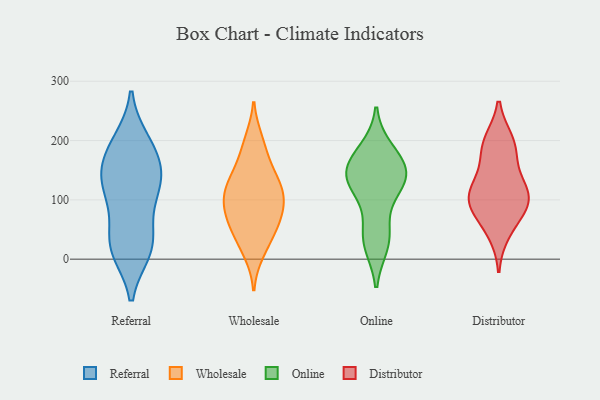
{"axis": {"x": "Waste Production (Tons)", "y": "Value"}, "legend": ["Distributor", "Online", "Referral", "Wholesale"], "data": [{"x": "", "y": 150, "type": "Referral"}, {"x": "", "y": 159, "type": "Referral"}, {"x": "", "y": 116, "type": "Referral"}, {"x": "", "y": 56, "type": "Referral"}, {"x": "", "y": 194, "type": "Referral"}, {"x": "", "y": 15, "type": "Referral"}, {"x": "", "y": 25, "type": "Referral"}, {"x": "", "y": 130, "type": "Referral"}, {"x": "", "y": 198, "type": "Referral"}, {"x": "", "y": 17, "type": "Referral"}, {"x": "", "y": 114, "type": "Referral"}, {"x": "", "y": 120, "type": "Referral"}, {"x": "", "y": 179, "type": "Referral"}, {"x": "", "y": 22, "type": "Referral"}, {"x": "", "y": 134, "type": "Wholesale"}, {"x": "", "y": 113, "type": "Wholesale"}, {"x": "", "y": 48, "type": "Wholesale"}, {"x": "", "y": 24, "type": "Wholesale"}, {"x": "", "y": 95, "type": "Wholesale"}, {"x": "", "y": 114, "type": "Wholesale"}, {"x": "", "y": 144, "type": "Wholesale"}, {"x": "", "y": 79, "type": "Wholesale"}, {"x": "", "y": 74, "type": "Wholesale"}, {"x": "", "y": 12, "type": "Wholesale"}, {"x": "", "y": 56, "type": "Wholesale"}, {"x": "", "y": 200, "type": "Wholesale"}, {"x": "", "y": 115, "type": "Wholesale"}, {"x": "", "y": 104, "type": "Wholesale"}, {"x": "", "y": 158, "type": "Wholesale"}, {"x": "", "y": 192, "type": "Wholesale"}, {"x": "", "y": 63, "type": "Wholesale"}, {"x": "", "y": 124, "type": "Online"}, {"x": "", "y": 31, "type": "Online"}, {"x": "", "y": 168, "type": "Online"}, {"x": "", "y": 183, "type": "Online"}, {"x": "", "y": 26, "type": "Online"}, {"x": "", "y": 133, "type": "Online"}, {"x": "", "y": 161, "type": "Online"}, {"x": "", "y": 132, "type": "Online"}, {"x": "", "y": 126, "type": "Online"}, {"x": "", "y": 49, "type": "Online"}, {"x": "", "y": 150, "type": "Online"}, {"x": "", "y": 198, "type": "Distributor"}, {"x": "", "y": 87, "type": "Distributor"}, {"x": "", "y": 82, "type": "Distributor"}, {"x": "", "y": 46, "type": "Distributor"}, {"x": "", "y": 120, "type": "Distributor"}, {"x": "", "y": 193, "type": "Distributor"}, {"x": "", "y": 122, "type": "Distributor"}, {"x": "", "y": 176, "type": "Distributor"}, {"x": "", "y": 99, "type": "Distributor"}, {"x": "", "y": 109, "type": "Distributor"}]}